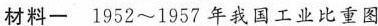
材料一 1952\sim 1957年我国工业比重图